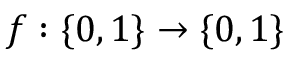
f : \{ 0 , 1 \} \rightarrow \{ 0 , 1 \}